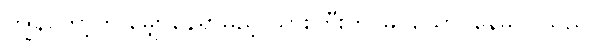
ကျွန်တော့်ကို မျှော်နေရှာမည့် သားကြီးကို မြင်ယောင်နေမိ ပါသည်။